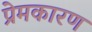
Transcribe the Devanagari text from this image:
प्रेमकारण